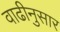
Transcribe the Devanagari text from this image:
वाढीनुसार